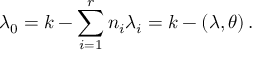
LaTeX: \lambda _ { 0 } = k - \sum _ { i = 1 } ^ { r } n _ { i } \lambda _ { i } = k - ( \lambda , \theta ) \, .